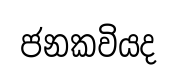
ජනකවියද